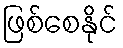
ဖြစ်စေနိုင်